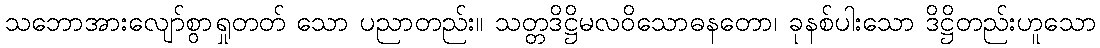
သဘောအားလျော်စွာရှုတတ် သော ပညာတည်း။ သတ္တဒိဋ္ဌိမလဝိသောဓနတော၊ ခုနစ်ပါးသော ဒိဋ္ဌိတည်းဟူသော